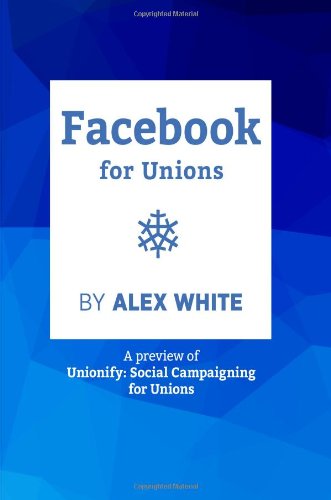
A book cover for Facebook for Unions: Sneak Preview from Unionify: Social Campaigning for Unions; Mr Alex White; Business & Money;